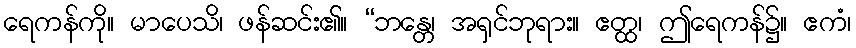
ရေကန်ကို။ မာပေသိ၊ ဖန်ဆင်း၏။ “ဘန္တေ၊ အရှင်ဘုရား။ ဧတ္ထ၊ ဤရေကန်၌။ ဧကံ၊